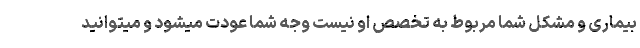
بیماری و مشکل شما مربوط به تخصص او نیست وجه شما عودت میشود و میتوانید